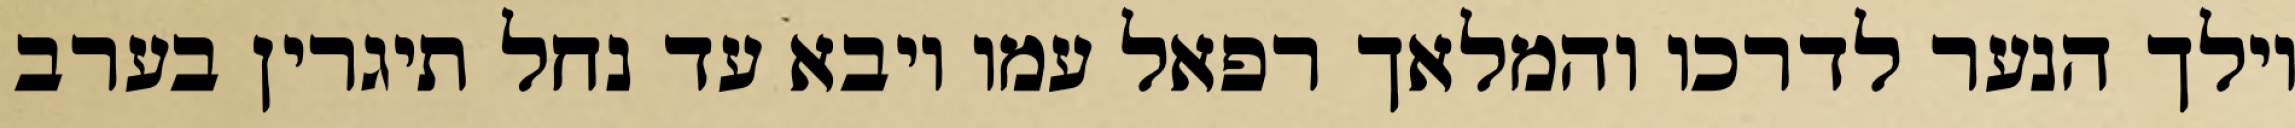
וילך הנער לדרכו והמלאך רפאל עמו ויבא עד נחל תיגרין בערב